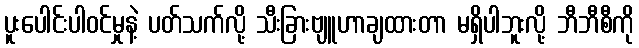
ပူးပေါင်းပါဝင်မှုနဲ့ ပတ်သက်လို့ သီးခြားဗျူဟာချထားတာ မရှိပါဘူးလို့ ဘီဘီစီကို